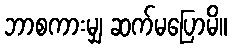
ဘာစကားမျှ ဆက်မပြောမိ။